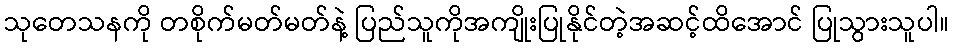
သုတေသနကို တစိုက်မတ်မတ်နဲ့ ပြည်သူကိုအကျိုးပြုနိုင်တဲ့အဆင့်ထိအောင် ပြုသွားသူပါ။